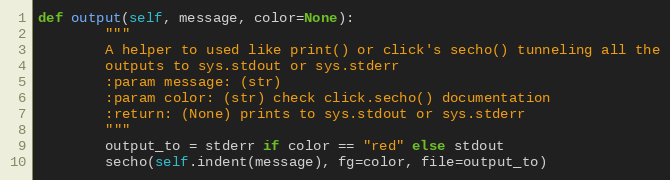
Language: Python
def output(self, message, color=None):
        """
        A helper to used like print() or click's secho() tunneling all the
        outputs to sys.stdout or sys.stderr
        :param message: (str)
        :param color: (str) check click.secho() documentation
        :return: (None) prints to sys.stdout or sys.stderr
        """
        output_to = stderr if color == "red" else stdout
        secho(self.indent(message), fg=color, file=output_to)